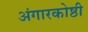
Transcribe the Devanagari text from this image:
अंगारकोष्ठी